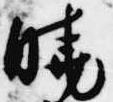
暁